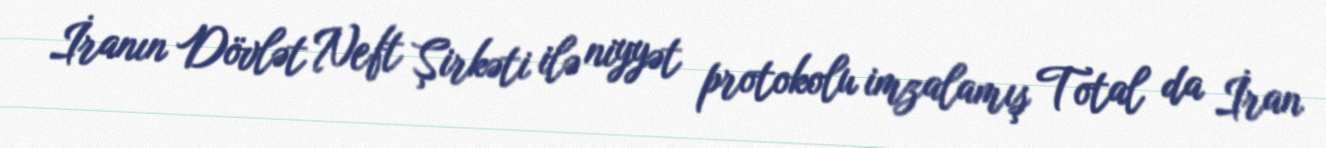
İranın Dövlət Neft Şirkəti ilə niyyət protokolu imzalamış Total da İran